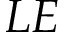
L E